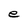
Character: e